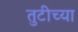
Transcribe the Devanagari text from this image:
तुटीच्या